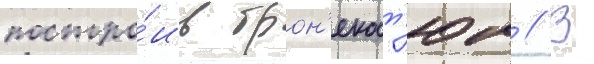
постро́ив брон'екост'юм // В